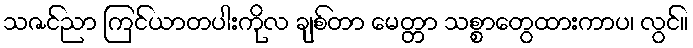
သဇင်ညာ ကြင်ယာတပါးကိုလ ချစ်တာ မေတ္တာ သစ္စာတွေထားကာပ၊ လွင်။